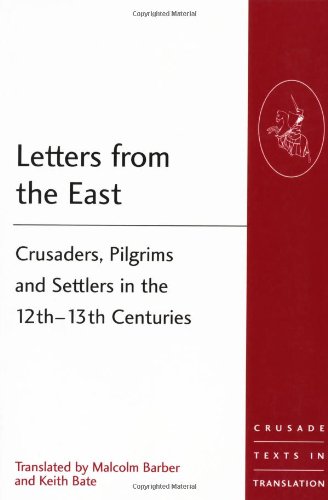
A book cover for Letters from the East: Crusaders, Pilgrims and Settlers in the 12th-13th Centuries (Crusade Texts in Translation); History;